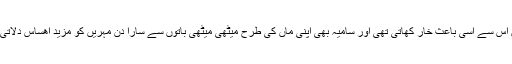
مہریں اس سے اسی باعث خار کھاتی تھی اور سامیہ بھی اپنی ماں کی طرح میٹھی میٹھی باتوں سے سارا دن مہریں کو مزید اھساس دلاتی رہتی۔